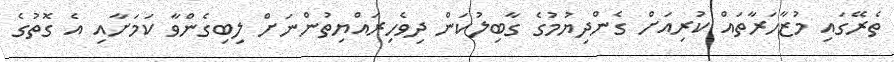
ތެރޭގައި މުޒާހަރާތައް ކުރިއަށް ގެންދިޔުމުގެ ގާބިލުކަން ދިވެހިރައްޔިތުންނަށް ލިބިގެންވާ ކަމަށާއި އެ ގޮތުގެ